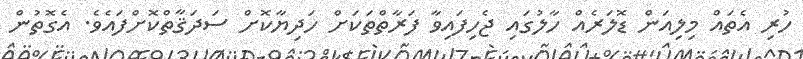
ހުރި އެތައް މިލިއަން ޑޮލަރެއް ހާލުގައި ޖެހިފައިވާ ފަރާތްތަކަށް ހަދިޔާކޮށް ސަދަޤާތްކޮށްފައެވެ. އެގޮތުން